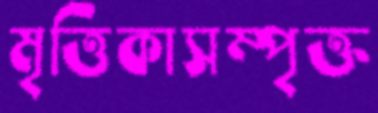
মৃত্তিকাসম্পৃক্ত